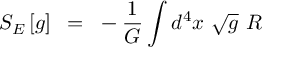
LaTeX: S _ { E } \left[ g \right] ~ = ~ - { \frac { 1 } { G } } \int d ^ { 4 } x ~ \sqrt g ~ R